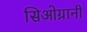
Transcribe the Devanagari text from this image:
सिओग्रानी